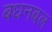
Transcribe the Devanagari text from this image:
बधनबल